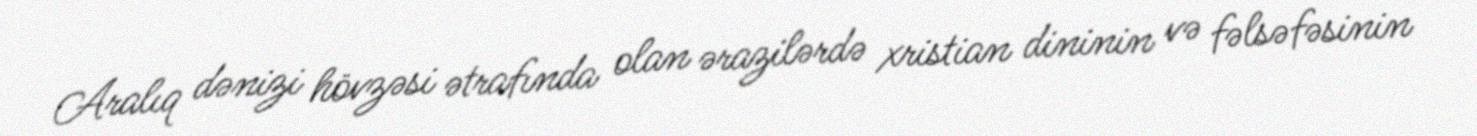
Aralıq dənizi hövzəsi ətrafında olan ərazilərdə xristian dininin və fəlsəfəsinin